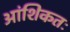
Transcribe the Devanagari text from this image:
आंशिकतः